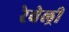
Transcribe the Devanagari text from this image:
रेवेल्री